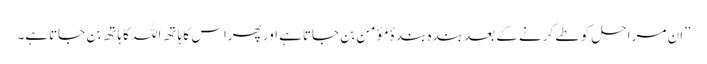
”ان مراحل کو طے کرنے کے بعد بندہ بندۂ مؤمن بن جاتاہے اور پھراس کا ہاتھ اللہ کاہاتھ بن جاتاہے۔